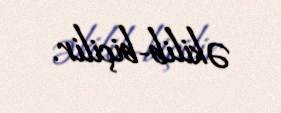
əkilib-biçilir.